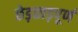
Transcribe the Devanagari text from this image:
छेड़छाड़पूर्ण